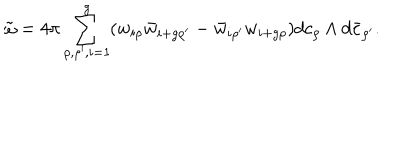
\tilde { \omega } = 4 \pi \sum _ { \rho , \rho ^ { \prime } , i = 1 } ^ { g } ( w _ { i \rho } { \bar { w } } _ { i + g \rho ^ { \prime } } - { \bar { w } } _ { i \rho ^ { \prime } } w _ { i + g \rho } ) d c _ { \rho } \wedge d { \bar { c } } _ { \rho ^ { \prime } } .